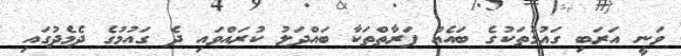
ވަނީ އަރަބި ގައުމުތަކުގެ ބައެއް ފަރާތްތަކާ ބައްދަލު ކުރައްވައި ދެ ގައުމުގެ ދެމެދުގައި